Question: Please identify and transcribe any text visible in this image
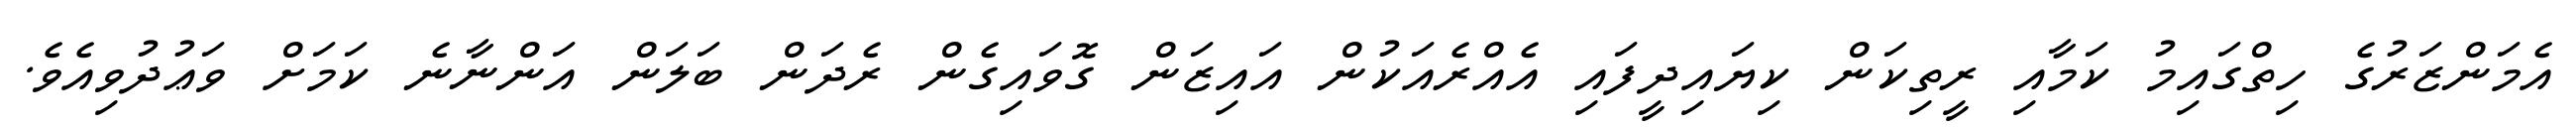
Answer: އެމަންޒަރުގެ ހިތްގައިމު ކަމާއި ރީތިކަން ކިޔައިދީފައި އެއްރެއަކުން އައިޒަން ގޮވައިގެން ރެދަން ބަލަން އަންނާނެ ކަމަށް ވަޢުދުވިއެވެ.